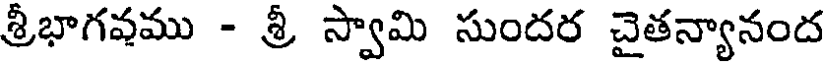
శ్రీభాగవము - శ్రీ స్వామి సుందర చైతన్యానంద